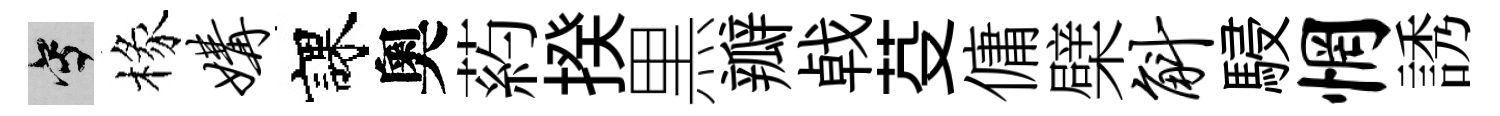
寫椽媾課奧葯揆黒瓣㦸芟傭檗斛駸惘誘